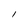
Character: I